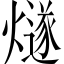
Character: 燧